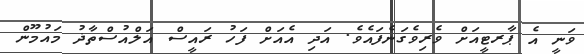
ވަނީ އެ ޕާރޓީއަށް ވެރިވެގަނެފައެވެ. އަދި އެއަށް ފަހު ރައީސް އަލްއުސްތާޛު މައުމޫން